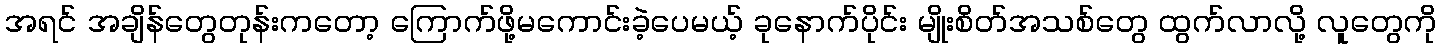
အရင် အချိန်တွေတုန်းကတော့ ကြောက်ဖို့မကောင်းခဲ့ပေမယ့် ခုနောက်ပိုင်း မျိုးစိတ်အသစ်တွေ ထွက်လာလို့ လူတွေကို